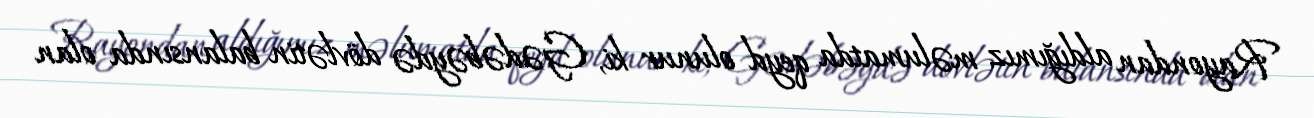
Rayondan aldığımız məlumatda qeyd olunur ki, Gədəbəydə dövlətin balansında olan